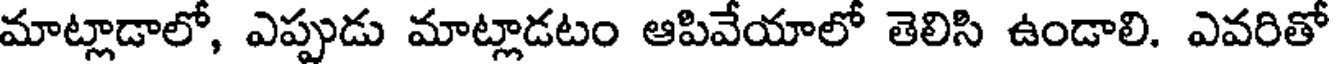
మాట్లాడాలో, ఎప్పుడు మాట్లాడటం ఆపివేయాలో తెలిసి ఉండాలి. ఎవరితో